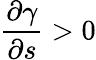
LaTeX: \frac{\partial\gamma}{\partial s}>0